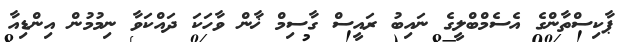
ޕާކިސްތާންގެ އެސެމްބްލީގެ ނައިބު ރައީސް ގާސިމް ޚާން ވާހަކަ ދައްކަވާ ނިމުމުން އިންޑިއާ